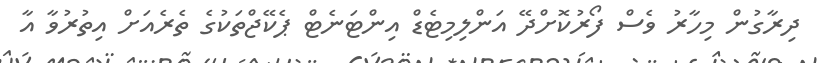
ދިރާގުން މިހާރު ވެސް ފޯރުކޮށްދޭ އަންލިމިޓެޑް އިންޓަނެޓް ޕެކޭޖްތަކުގެ ތެރެއަށް އިތުރުވާ އާ